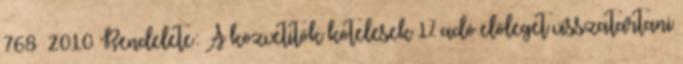
768 2010 Rendelete: A közvetítők kötelesek 1% adó előleget visszatartani